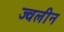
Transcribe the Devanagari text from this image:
ज्वलीन